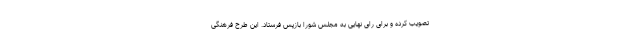
تصویب کرده و برای رای نهایی به مجلس شورا بازپس فرستاد. این طرح فرهنگی